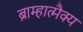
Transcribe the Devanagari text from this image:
ब्राम्हात्मैक्य